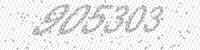
Solution: 905303